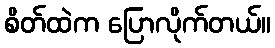
စိတ်ထဲက ပြောလိုက်တယ်။